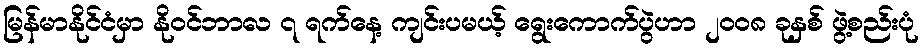
မြန်မာနိုင်ငံမှာ နိုဝင်ဘာလ ၇ ရက်နေ့ ကျင်းပမယ့် ရွေးကောက်ပွဲဟာ ၂၀၀၈ ခုနှစ် ဖွဲ့စည်းပုံ